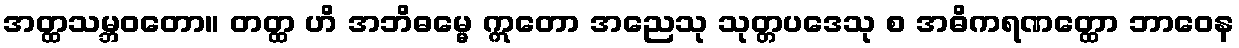
အတ္ထသမ္ဘဝတော။ တတ္ထ ဟိ အဘိဓမ္မေ ဣတော အညေသု သုတ္တပဒေသု စ အဓိကရဏတ္ထော ဘာဝေန